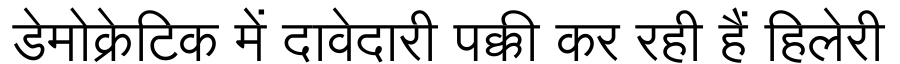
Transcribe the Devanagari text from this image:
डेमोक्रेटिक में दावेदारी पक्की कर रही हैं हिलेरी